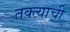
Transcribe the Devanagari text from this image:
तक्त्याची